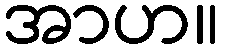
အာဟ။